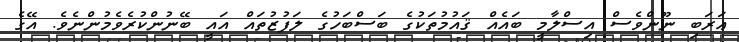
ޢަރަބި ނޫންވެސް އިސްލާމީ ބައެއް ޤައުމުތަކުގެ ބަސްބަހުގެ ލަފުޒުތައް އައީ ބޭނުންކުރެވެމުންނެވެ. އޭގެ